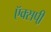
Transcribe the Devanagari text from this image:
ऍक्सपी़